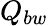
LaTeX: Q_{bw}